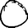
Digit: 0